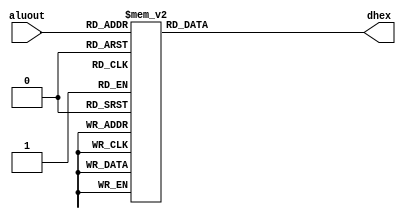
module OutConverter(input [3:0] aluout, output reg [6:0] dhex);

	always @(*)begin
		case (aluout)

			4'b0000:begin

					dhex[0] <= 1'b0;
					dhex[1] <= 1'b0;
					dhex[2] <= 1'b0;
					dhex[3] <= 1'b0;
					dhex[4] <= 1'b0;
					dhex[5] <= 1'b0;
					dhex[6] <= 1'b1;

				end
			4'b0001:begin

					dhex[0] <= 1'b1;
					dhex[1] <= 1'b0;
					dhex[2] <= 1'b0;
					dhex[3] <= 1'b1;
					dhex[4] <= 1'b1;
					dhex[5] <= 1'b1;
					dhex[6] <= 1'b1;

				end
			4'b0010:begin

					dhex[0] <= 1'b0;
					dhex[1] <= 1'b0;
					dhex[2] <= 1'b1;
					dhex[3] <= 1'b0;
					dhex[4] <= 1'b0;
					dhex[5] <= 1'b1;
					dhex[6] <= 1'b0;

				end
			4'b0011:begin

					dhex[0] <= 1'b0;
					dhex[1] <= 1'b0;
					dhex[2] <= 1'b0;
					dhex[3] <= 1'b0;
					dhex[4] <= 1'b1;
					dhex[5] <= 1'b1;
					dhex[6] <= 1'b0;

				end
			4'b0100:begin

					dhex[0] <= 1'b1;
					dhex[1] <= 1'b0;
					dhex[2] <= 1'b0;
					dhex[3] <= 1'b1;
					dhex[4] <= 1'b1;
					dhex[5] <= 1'b0;
					dhex[6] <= 1'b0;

				end
			4'b0101:begin

					dhex[0] <= 1'b0;
					dhex[1] <= 1'b1;
					dhex[2] <= 1'b0;
					dhex[3] <= 1'b0;
					dhex[4] <= 1'b1;
					dhex[5] <= 1'b0;
					dhex[6] <= 1'b0;

				end
			4'b0110:begin

					dhex[0] <= 1'b0;
					dhex[1] <= 1'b1;
					dhex[2] <= 1'b0;
					dhex[3] <= 1'b0;
					dhex[4] <= 1'b0;
					dhex[5] <= 1'b0;
					dhex[6] <= 1'b0;

				end
			4'b0111:begin

					dhex[0] <= 1'b0;
					dhex[1] <= 1'b0;
					dhex[2] <= 1'b0;
					dhex[3] <= 1'b1;
					dhex[4] <= 1'b1;
					dhex[5] <= 1'b1;
					dhex[6] <= 1'b1;

				end

			4'b1000:begin

					dhex[0] <= 1'b0;
					dhex[1] <= 1'b0;
					dhex[2] <= 1'b0;
					dhex[3] <= 1'b0;
					dhex[4] <= 1'b0;
					dhex[5] <= 1'b0;
					dhex[6] <= 1'b0;

				end

			4'b1001:begin

					dhex[0] <= 1'b0;
					dhex[1] <= 1'b0;
					dhex[2] <= 1'b0;
					dhex[3] <= 1'b0;
					dhex[4] <= 1'b1;
					dhex[5] <= 1'b0;
					dhex[6] <= 1'b0;

				end
		
			4'b1010:begin

					dhex[0] <= 1'b0;
					dhex[1] <= 1'b0;
					dhex[2] <= 1'b0;
					dhex[3] <= 1'b1;
					dhex[4] <= 1'b0;
					dhex[5] <= 1'b0;
					dhex[6] <= 1'b0;

				end
			4'b1011:begin

					dhex[0] <= 1'b1;
					dhex[1] <= 1'b1;
					dhex[2] <= 1'b0;
					dhex[3] <= 1'b0;
					dhex[4] <= 1'b0;
					dhex[5] <= 1'b0;
					dhex[6] <= 1'b0;

				end

			4'b1100:begin

					dhex[0] <= 1'b0;
					dhex[1] <= 1'b1;
					dhex[2] <= 1'b1;
					dhex[3] <= 1'b0;
					dhex[4] <= 1'b0;
					dhex[5] <= 1'b0;
					dhex[6] <= 1'b1;

				end

			4'b1101:begin

					dhex[0] <= 1'b1;
					dhex[1] <= 1'b0;
					dhex[2] <= 1'b0;
					dhex[3] <= 1'b0;
					dhex[4] <= 1'b0;
					dhex[5] <= 1'b1;
					dhex[6] <= 1'b0;

				end

			4'b1110:begin

					dhex[0] <= 1'b0;
					dhex[1] <= 1'b1;
					dhex[2] <= 1'b1;
					dhex[3] <= 1'b0;
					dhex[4] <= 1'b0;
					dhex[5] <= 1'b0;
					dhex[6] <= 1'b0;

				end

			4'b1111:begin

					dhex[0] <= 1'b0;
					dhex[1] <= 1'b1;
					dhex[2] <= 1'b1;
					dhex[3] <= 1'b1;
					dhex[4] <= 1'b0;
					dhex[5] <= 1'b0;
					dhex[6] <= 1'b0;

				end
		endcase
	end
endmodule